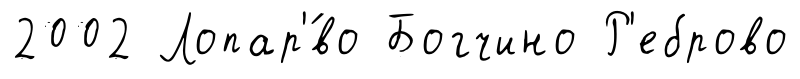
2002 Лопар'́во Богчино Р'еброво